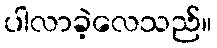
ပါလာခဲ့လေသည်။